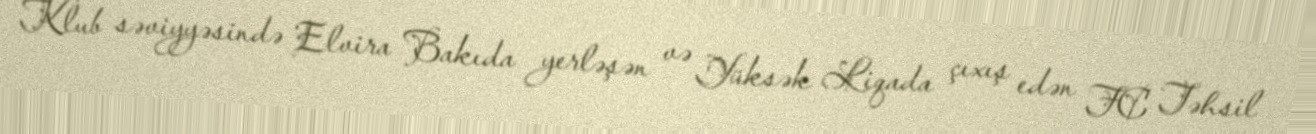
Klub səviyyəsində Elvira Bakıda yerləşən və Yüksək Liqada çıxış edən FC Təhsil